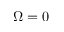
\Omega = 0